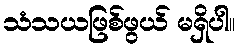
သံသယဖြစ်ဖွယ် မရှိပါ။